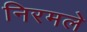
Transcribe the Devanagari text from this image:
निरमले